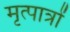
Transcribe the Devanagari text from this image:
मृत्पात्रों